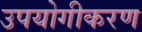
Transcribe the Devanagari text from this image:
उपयोगीकरण